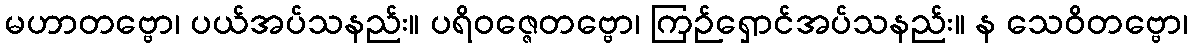
မဟာတဗ္ဗော၊ ပယ်အပ်သနည်း။ ပရိဝဇ္ဇေတဗ္ဗော၊ ကြဉ်ရှောင်အပ်သနည်း။ န သေဝိတဗ္ဗော၊